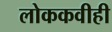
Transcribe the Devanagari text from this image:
लोककवीही